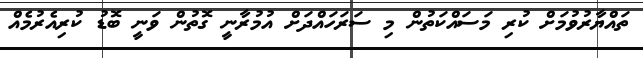
ތައްޔާރުވުމަށް ކުރި މަސައްކަތުން މި ސަރަހައްދަށް އުމުރާނީ ގޮތުން ވަނީ ބޮޑު ކުރިއެރުމެއް